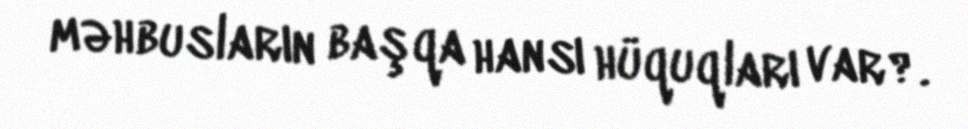
məhbusların başqa hansı hüquqları var?.